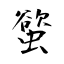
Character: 螸